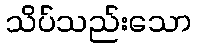
သိပ်သည်းသော